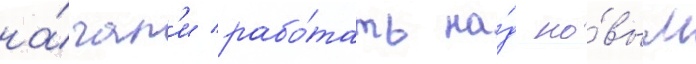
на́чал'и рабо́тать на́д но́вым